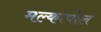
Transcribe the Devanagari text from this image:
मल्कापोल